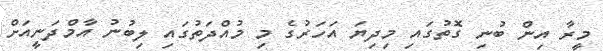
މީރާ އިން ބުނި ގޮތުގައި މިދިޔަ އަހަރުގެ މި މުއްދަތުގައި ލިބުނު އާމްދަނީއަށް